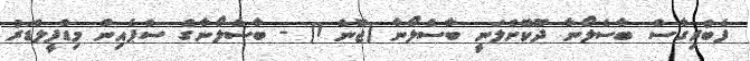
ފެބްރިގާސް ބާސެލޯނާ ދޫކޮށްލަނީ ބާސެލޯނާ (ޖޫން 1) - ބާސެލޯނާގެ ސްޕެއިން މިޑްފީލްޑަރު